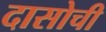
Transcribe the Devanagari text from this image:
दासोची